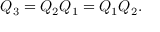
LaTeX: Q _ { 3 } = Q _ { 2 } Q _ { 1 } = Q _ { 1 } Q _ { 2 } .